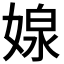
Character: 𭒉